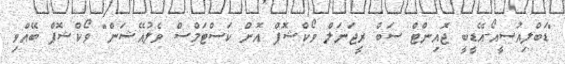
"ޑަބްލިއުސީއޯ-އޭޑީބީ ޖޮއިންޓް ސަބް ރީޖަނަލް ވޯކްޝޮޕް އޮން ކަސްޓަމްސް ވެލުއޭޝަން" ވޯކްޝޮޕް ބޭއްވި